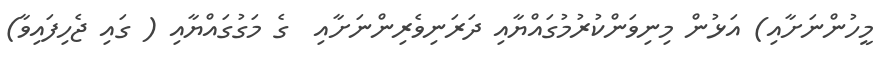
މީހުންނަށާއި) އަޅުން މިނިވަންކުރުމުގައްޔާއި ދަރަނިވެރިންނަށާއި  ގެ މަގުގައްޔާއި ( ގައި ޖެހިފައިވާ)